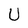
Character: U